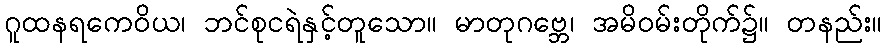
ဂူထနရကေဝိယ၊ ဘင်စုငရဲနှင့်တူသော။ မာတုဂဗ္ဘေ၊ အမိဝမ်းတိုက်၌။ တနည်း။